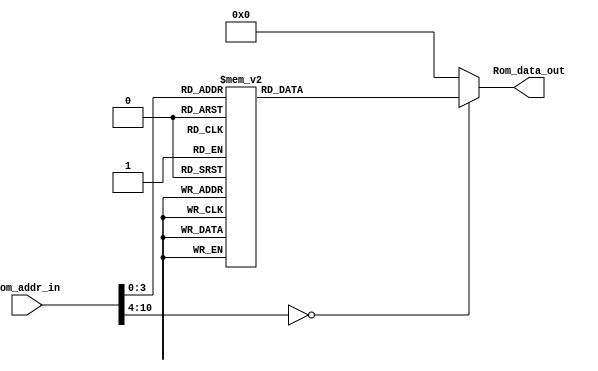
module Program_Rom(Rom_data_out, Rom_addr_in);

//---------
    output [13:0] Rom_data_out;
    input [10:0] Rom_addr_in; 
//---------
    
    reg   [13:0] data;
    wire  [13:0] Rom_data_out;
    
    always @(Rom_addr_in)
        begin
            case (Rom_addr_in)
                10'h0 : data = 14'h0103;
                10'h1 : data = 14'h01A3;
                10'h2 : data = 14'h3015;
                10'h3 : data = 14'h00A5;
                10'h4 : data = 14'h3003;
                10'h5 : data = 14'h00A4;
                10'h6 : data = 14'h0824;
                10'h7 : data = 14'h02A5;
                10'h8 : data = 14'h0AA3;
                10'h9 : data = 14'h1FA5;
                10'ha : data = 14'h2806;
                10'hb : data = 14'h03A3;
                10'hc : data = 14'h0823;
                10'hd : data = 14'h008D;
                10'he : data = 14'h280E;
                default: data = 14'h0;   
            endcase
        end

     assign Rom_data_out = data;

endmodule